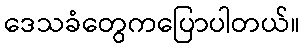
ဒေသခံတွေကပြောပါတယ်။